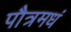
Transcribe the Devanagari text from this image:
पौत्रमधं